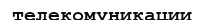
телекомуникации